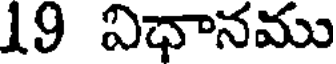
19 విధానము